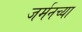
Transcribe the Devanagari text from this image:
जर्मनच्या